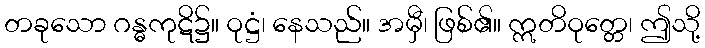
တခုသော ဂန္ဓကုဋိ၌။ ဝုဋ္ဌံ၊ နေသည်။ အမှီ၊ ဖြစ်၏။ ဣတိဝုတ္တေ၊ ဤသို့